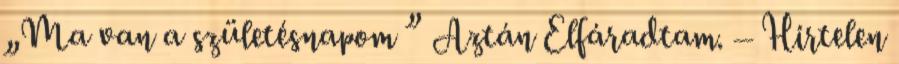
„Ma van a születésnapom ” Aztán Elfáradtam. – Hirtelen